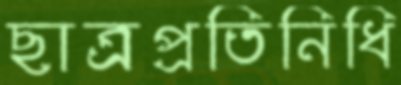
ছাত্রপ্রতিনিধি